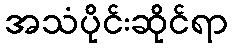
အသံပိုင်းဆိုင်ရာ